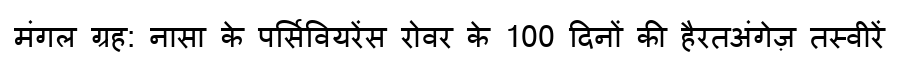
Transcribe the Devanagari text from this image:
मंगल ग्रह: नासा के पर्सिवियरेंस रोवर के 100 दिनों की हैरतअंगेज़ तस्वीरें